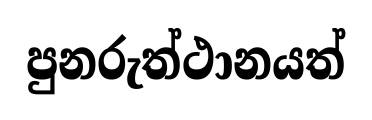
පුනරුත්ථානයත්